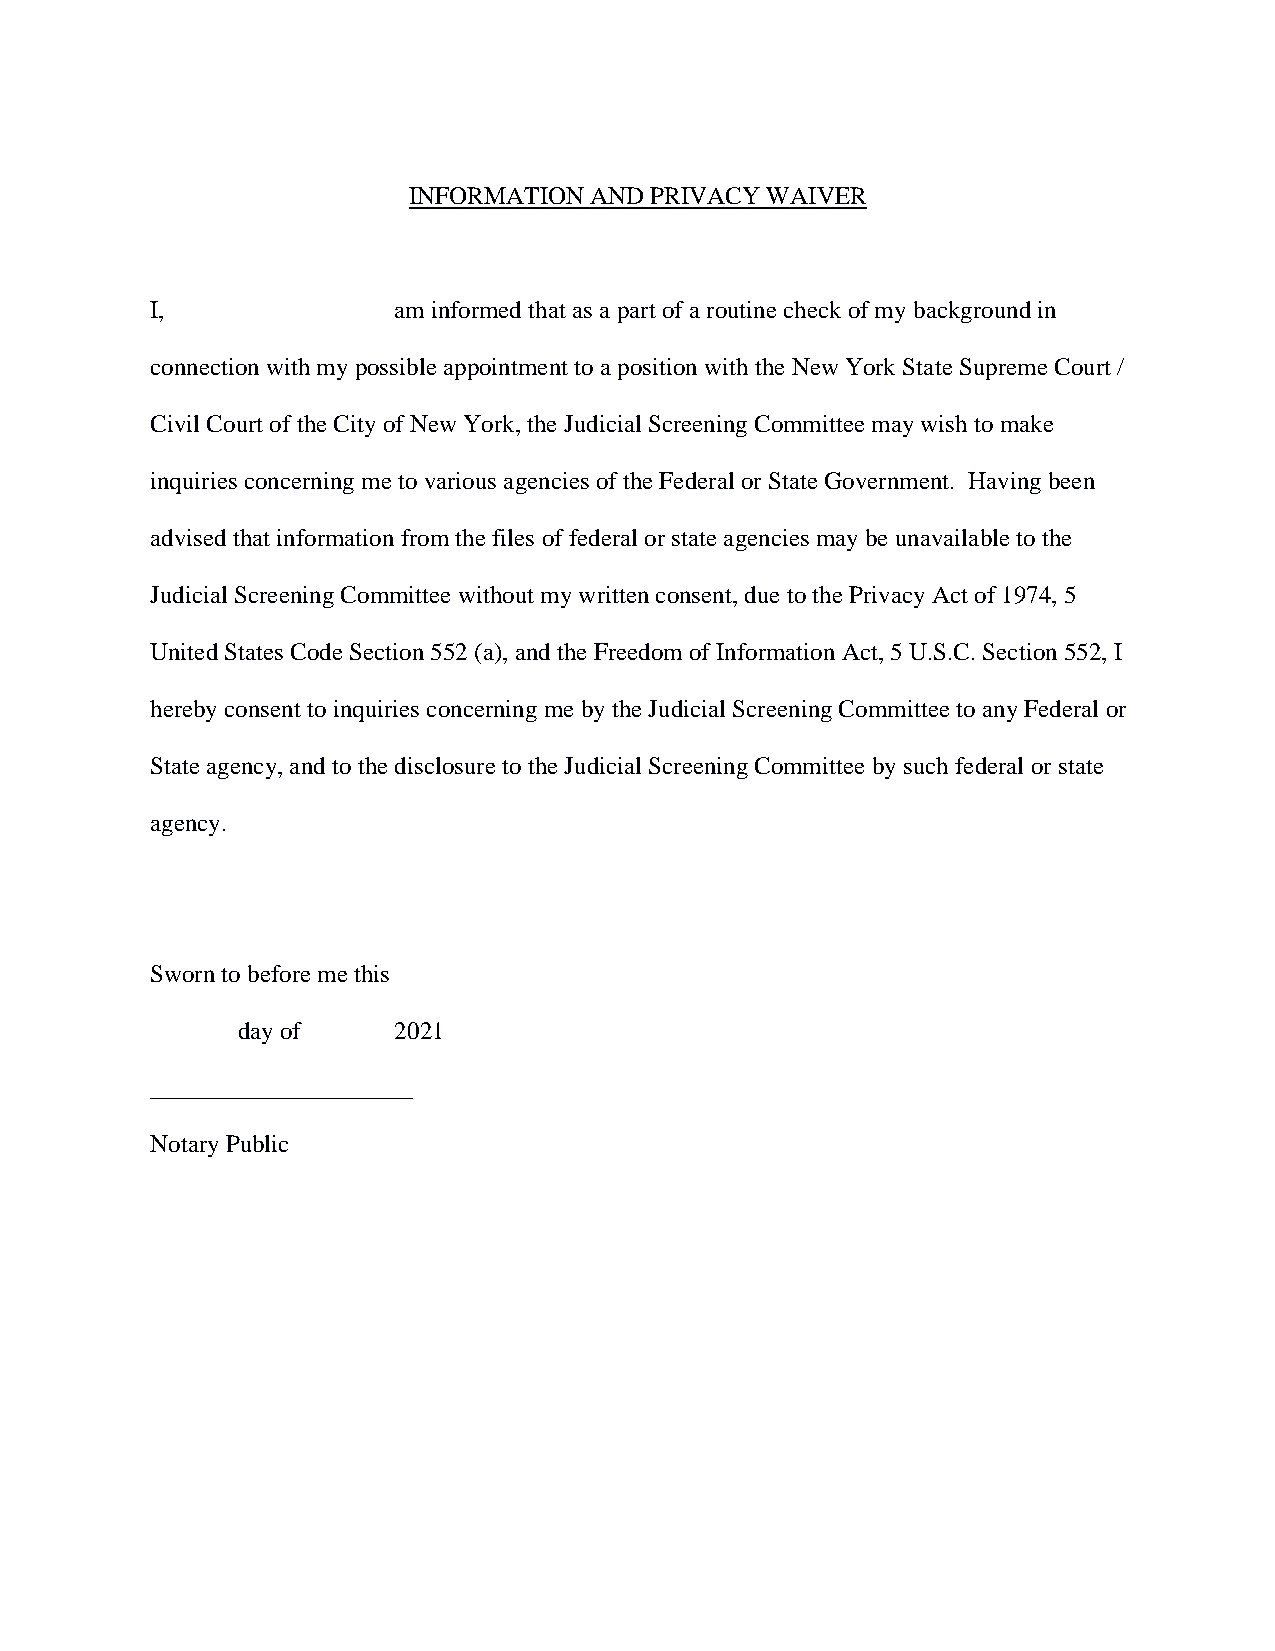
INFORMATION AND PRIVACY WAIVER
 I,              am informed that as a part of a routine check of my background in
 connection with my possible appointment to a position with the New York State Supreme Court /
 Civil Court of the City of New York, the Judicial Screening Committee may wish to make
 inquiries concerning me to various agencies of the Federal or State Government. Having been
 advised that information from the files of federal or state agencies may be unavailable to the
 Judicial Screening Committee without my written consent, due to the Privacy Act of 1974, 5
 United States Code Section 552 (a), and the Freedom of Information Act, 5 U.S.C. Section 552, I
 hereby consent to inquiries concerning me by the Judicial Screening Committee to any Federal or
 State agency, and to the disclosure to the Judicial Screening Committee by such federal or state
 agency.
 Sworn to before me this
 day of    2021
 _____________________
 Notary Public